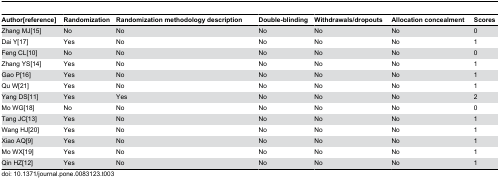
<table><thead><tr><td><b>Author[reference]</b></td><td><b>Randomization</b></td><td><b>Randomization methodology description</b></td><td><b>Double-blinding</b></td><td><b>Withdrawals/dropouts</b></td><td><b>Allocation concealment</b></td><td><b>Scores</b></td></tr></thead><tbody><tr><td>Zhang MJ[15]</td><td>No</td><td>No</td><td>No</td><td>No</td><td>No</td><td>0</td></tr><tr><td>Dai Y[17]</td><td>Yes</td><td>No</td><td>No</td><td>No</td><td>No</td><td>1</td></tr><tr><td>Feng CL[10]</td><td>No</td><td>No</td><td>No</td><td>No</td><td>No</td><td>0</td></tr><tr><td>Zhang YS[14]</td><td>Yes</td><td>No</td><td>No</td><td>No</td><td>No</td><td>1</td></tr><tr><td>Gao P[16]</td><td>Yes</td><td>No </td><td>No</td><td>No</td><td>No</td><td>1</td></tr><tr><td>Qu W[21]</td><td>Yes</td><td>No</td><td>No</td><td>No</td><td>No</td><td>1</td></tr><tr><td>Yang DS[11]</td><td>Yes</td><td>Yes</td><td>No</td><td>No</td><td>No</td><td>2</td></tr><tr><td>Mo WG[18]</td><td>No</td><td>No</td><td>No</td><td>No</td><td>No</td><td>0</td></tr><tr><td>Tang JC[13] </td><td>Yes</td><td>No</td><td>No</td><td>No</td><td>No</td><td>1</td></tr><tr><td>Wang HJ[20]</td><td>Yes</td><td>No</td><td>No</td><td>No</td><td>No</td><td>1</td></tr><tr><td>Xiao AQ[9]</td><td>Yes</td><td>No</td><td>No</td><td>No</td><td>No</td><td>1</td></tr><tr><td>Mo WX[19]</td><td>Yes</td><td>No</td><td>No</td><td>No</td><td>No</td><td>1</td></tr><tr><td>Qin HZ[12]</td><td>Yes</td><td>No</td><td>No</td><td>No</td><td>No</td><td>1</td></tr></tbody></table>